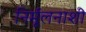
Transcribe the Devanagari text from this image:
निर्मूलनाशी